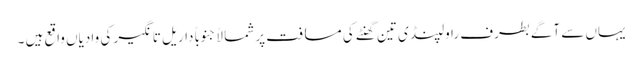
یہاں سے آگے بطرف راولپنڈی تین گھنٹے کی مسافت پر شمالاً جنوباً داریل تانگیر کی وادیاں واقع ہیں ۔